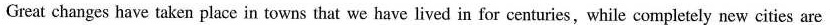
Great changes have taken place in towns that we have lived in for centuries, while completely new cities are